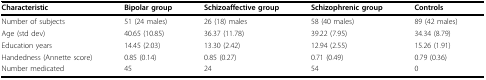
<table><thead><tr><td><b>Characteristic</b></td><td><b>Bipolar group</b></td><td><b>Schizoaffective group</b></td><td><b>Schizophrenic group</b></td><td><b>Controls</b></td></tr></thead><tbody><tr><td>Number of subjects</td><td>51 (24 males)</td><td>26 (18) males</td><td>58 (40 males)</td><td>89 (42 males)</td></tr><tr><td>Age (std dev)</td><td>40.65 (10.85)</td><td>36.37 (11.78)</td><td>39.22 (7.95)</td><td>34.34 (8.79)</td></tr><tr><td>Education years</td><td>14.45 (2.03)</td><td>13.30 (2.42)</td><td>12.94 (2.55)</td><td>15.26 (1.91)</td></tr><tr><td>Handedness (Annette score)</td><td>0.85 (0.14)</td><td>0.85 (0.27)</td><td>0.71 (0.49)</td><td>0.79 (0.36)</td></tr><tr><td>Number medicated</td><td>45</td><td>24</td><td>54</td><td>0</td></tr></tbody></table>